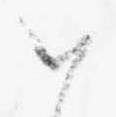
お